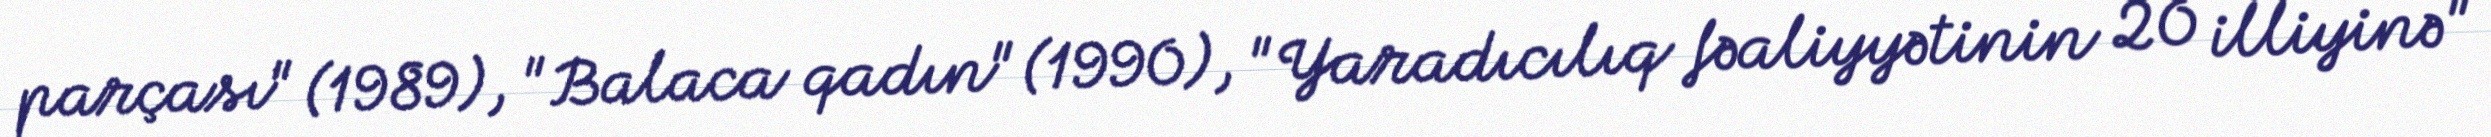
parçası" (1989), "Balaca qadın" (1990), "Yaradıcılıq fəaliyyətinin 20 illiyinə"